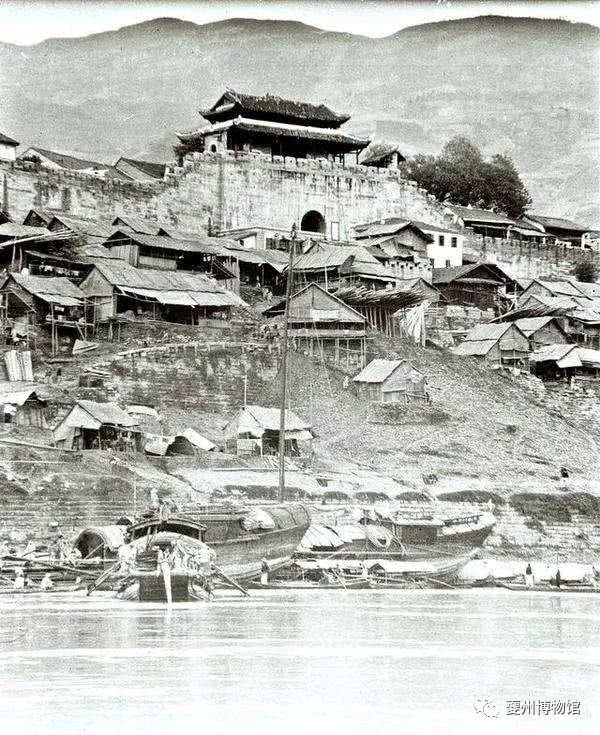
夔府孤城落日斜，每依北斗望京华。